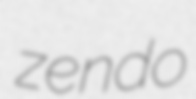
zendo